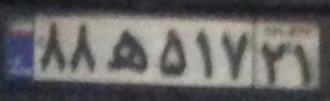
۸۸ه۵۱۷۲۱